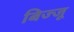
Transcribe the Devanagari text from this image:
बिज्‍जू